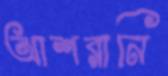
আশরানি